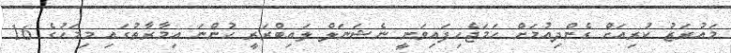
މައުރަޒު ކުރިއަށް ގެންދިއުމަށް ހަމަޖެހިފައިވަނީ ނެޝަނަލް ލައިބްރަރީ ހުންނަ އިމާރާތުގައި މިމަހުގެ 16